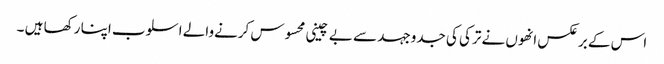
اس کے برعکس انھوں نے ترکی کی جدوجہد سے بے چینی محسوس کرنےوالے اسلوب اپنا رکھا ہیں ۔